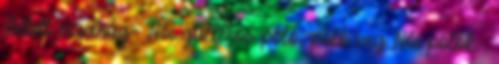
Bélelt nadrág- Női galléros póló, póló ing Női pólók-